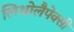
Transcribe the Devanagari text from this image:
लिथोलैपेक्सी